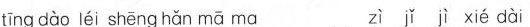
tīng dào léi shēng hǎn mā ma zi jì xié dàì